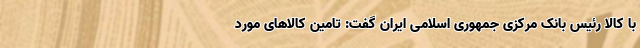
با کالا رئیس بانک مرکزی جمهوری اسلامی ایران گفت: تامین کالاهای مورد